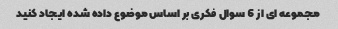
مجموعه ای از 6 سوال فکری بر اساس موضوع داده شده ایجاد کنید